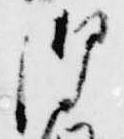
御